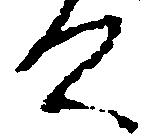
て